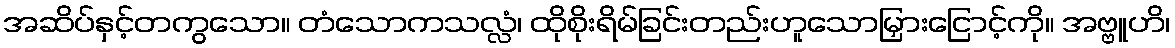
အဆိပ်နှင့်တကွသော။ တံသောကသလ္လံ၊ ထိုစိုးရိမ်ခြင်းတည်းဟူသောမြှားငြောင့်ကို။ အဗ္ဗူဟိ၊